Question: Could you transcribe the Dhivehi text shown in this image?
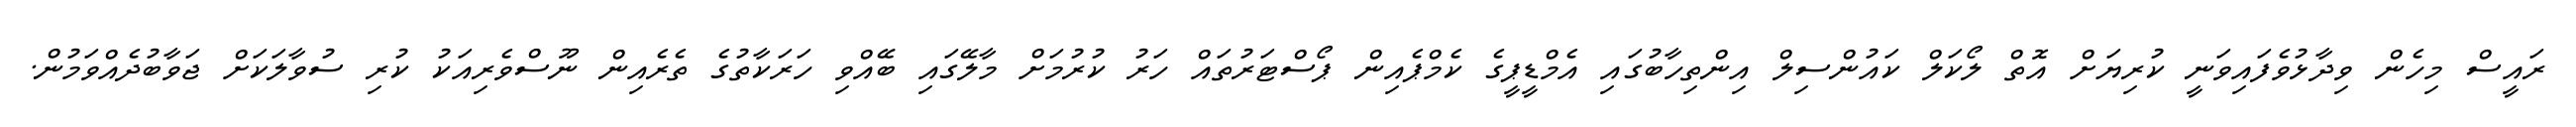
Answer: ރައީސް މިހެން ވިދާޅުވެފައިވަނީ ކުރިޔަށް އޮތް ލޯކަލް ކައުންސިލް އިންތިހާބުގައި އެމްޑީޕީގެ ކެމްޕެއިން ޕޯސްޓަރުތައް ހަރު ކުރުމަށް މާލޭގައި ބޭއްވި ހަރަކާތުގެ ތެރެއިން ނޫސްވެރިއަކު ކުރި ސުވާލަކަށް ޖަވާބުދެއްވަމުން.